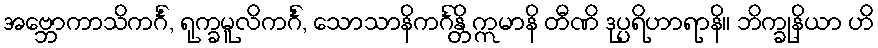
အဗ္ဘောကာသိကင်္ဂံ, ရုက္ခမူလိကင်္ဂံ, သောသာနိကင်္ဂန္တိ ဣမာနိ တီဏိ ဒုပ္ပရိဟာရာနိ။ ဘိက္ခုနိယာ ဟိ